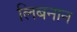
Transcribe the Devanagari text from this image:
लिबनान